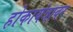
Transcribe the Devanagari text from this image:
होकायंत्रावर